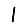
Digit: 1